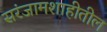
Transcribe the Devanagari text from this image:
सरंजामशाहीतील